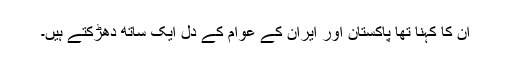
ان کا کہنا تھا پاکستان اور ایران کے عوام کے دل ایک ساتھ دھڑکتے ہیں۔